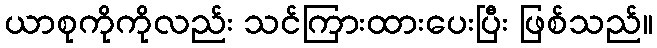
ယာစုကိုကိုလည်း သင်ကြားထားပေးပြီး ဖြစ်သည်။